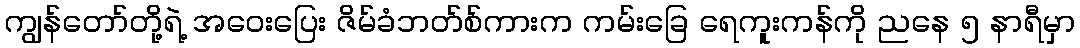
ကျွန်တော်တို့ရဲ့ အဝေးပြေး ဇိမ်ခံဘတ်စ်ကားက ကမ်းခြေ ရေကူးကန်ကို ညနေ ၅ နာရီမှာ